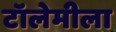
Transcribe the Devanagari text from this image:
टॉलेमीला